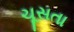
ચૂસતા